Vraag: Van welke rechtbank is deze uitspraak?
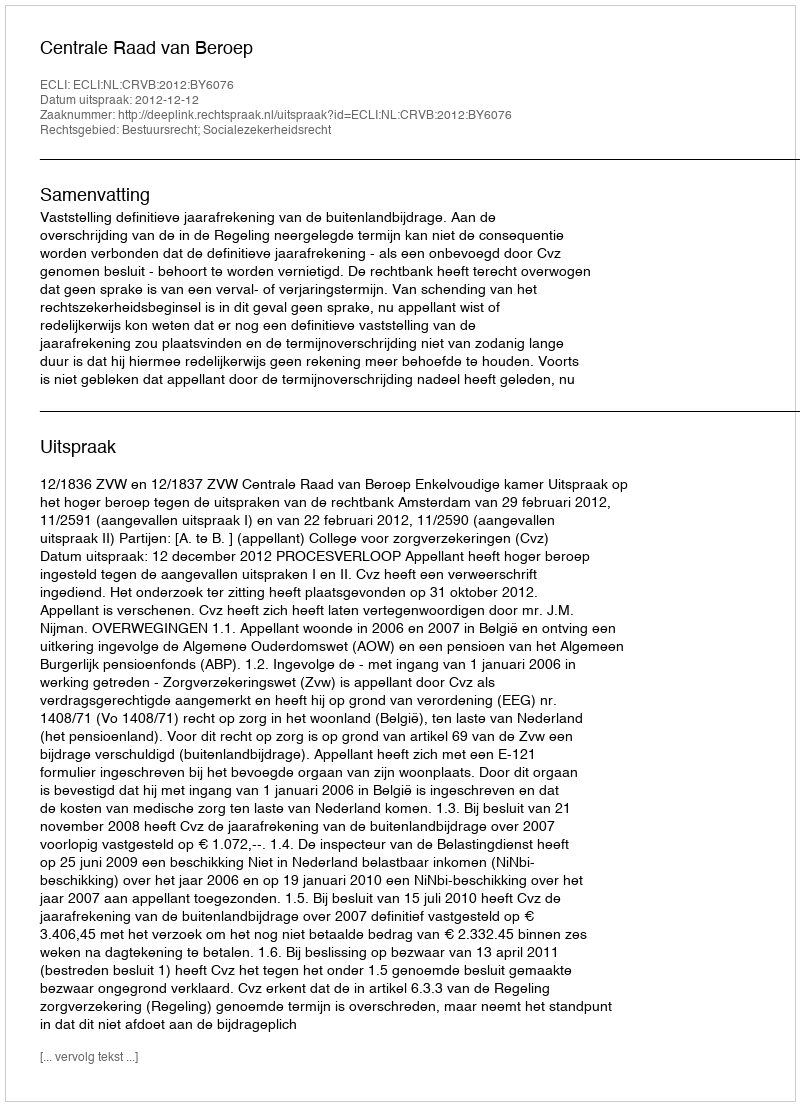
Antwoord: Centrale Raad van Beroep